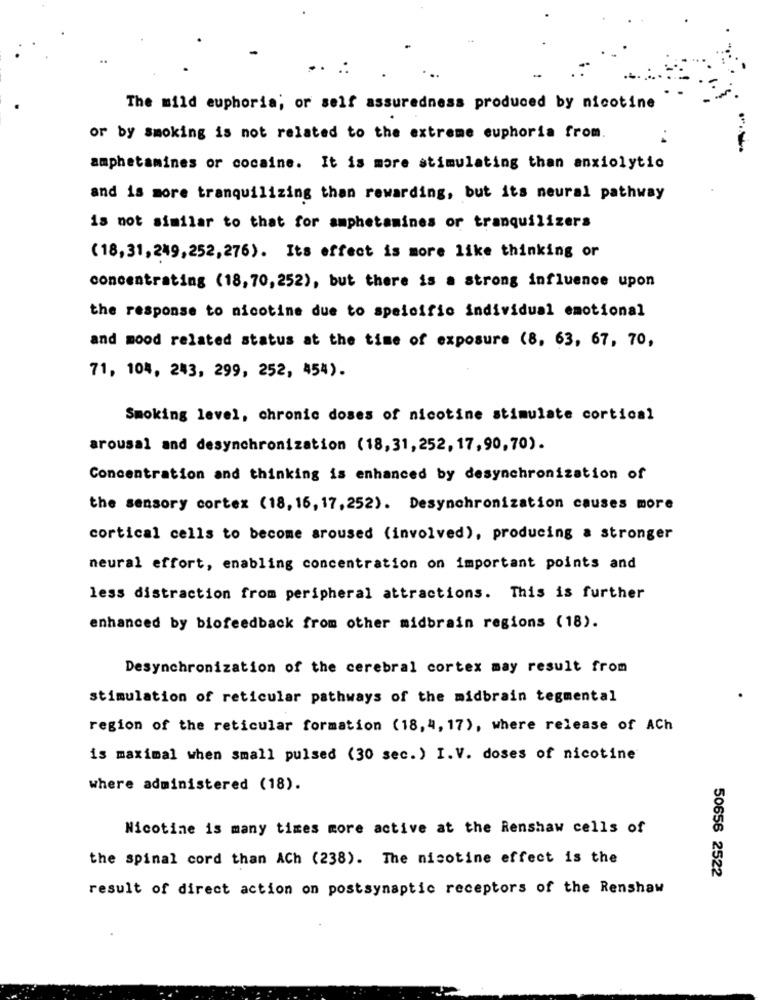
..
The mild euphoria; or self assuredness produced by nicotine
or by smoking is not related to the extreme euphoria from.
amphetamines or cocaine. It is more stimulating than anxiolytio
and is more tranquilizing than rewarding, but its neural pathway
is not similar to that for amphetamines or tranquilizers
(18, 31, 249,252, 276). Its effect is more like thinking or
concentrating (18,70, 252), but there is a strong influence upon
the response to nicotine due to specific individual emotional
and mood related status at the time of exposure (8, 63, 67, 70,
71, 104, 243, 299, 252, 454).
Smoking level, chronic doses of nicotine stimulate cortical
arousal and desynchronization (18,31,252, 17,90,70).
Concentration and thinking is enhanced by desynchronization of
the sensory cortex (18, 16, 17, 252). Desynchronization causes more
cortical cells to become aroused (involved), producing a stronger
neural effort, enabling concentration on important points and
less distraction from peripheral attractions. This is further
enhanced by biofeedback from other midbrain regions (18).
Desynchronization of the cerebral cortex may result from
stimulation of reticular pathways of the midbrain tegmental
region of the reticular formation (18,4, 17), where release of ACh
is maximal when small pulsed (30 sec.) I.V. doses of nicotine
where administered (18).
Nicotine is many times more active at the Renshaw cells of
the spinal cord than ACh (238). The nicotine effect is the
50656 2522
result of direct action on postsynaptic receptors of the Renshaw